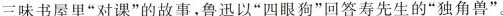
三味书犀里“对课”的故事,鲁迅以“四眼狗”回答寿先生的“独角兽”。